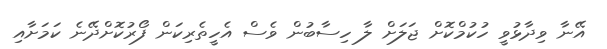
އޭނާ ވިދާޅުވީ ހުކުމްކޮށް ޖަލަށް ލާ ހިސާބުން ވެސް އެހީތެރިކަން ފޯރުކޮށްދޭނެ ކަމަށާއި